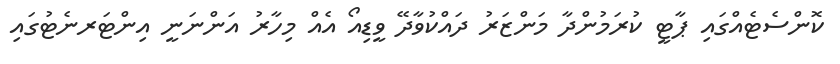
ކޮންސެޓެއްގައި ޕާޓީ ކުރަމުންދާ މަންޒަރު ދައްކުވާދޭ ވީޑިއޯ އެއް މިހާރު އަންނަނީ އިންޓަރނެޓުގައި